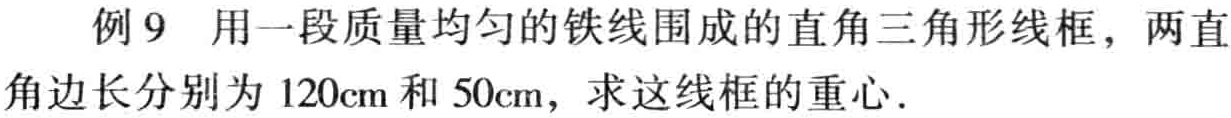
例9 用一段质量均匀的铁线围成的直角三角形线框，两直角边长分别为 \(120\text{cm}\) 和 \(50\text{cm}\)，求这线框的重心.